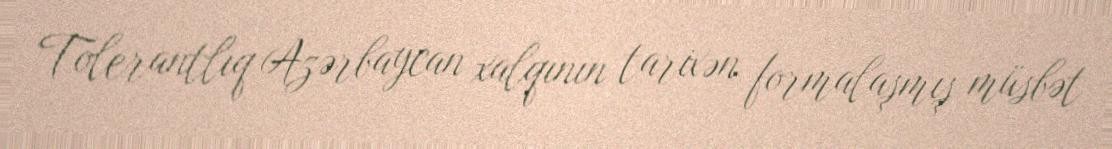
Tolerantlıq Azərbaycan xalqının tarixən formalaşmış müsbət